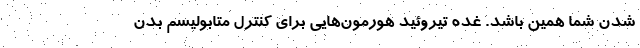
شدن شما همین باشد. غده تیروئید هورمون‌هایی برای کنترل متابولیسم بدن